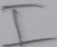
Text: I